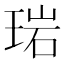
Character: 𬍰